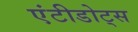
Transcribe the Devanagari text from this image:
एंटीडोट्स